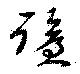
蹌